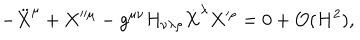
LaTeX: - \ddot { X } ^ { \mu } + X ^ { \prime \prime \mu } - g ^ { \mu \nu } H _ { \nu \lambda \rho } \dot { X } ^ { \lambda } X ^ { \prime \rho } = 0 + { \cal O } ( H ^ { 2 } ) ,